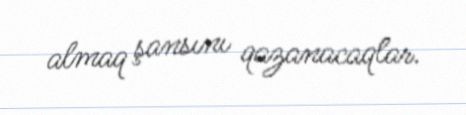
almaq şansını qazanacaqlar.